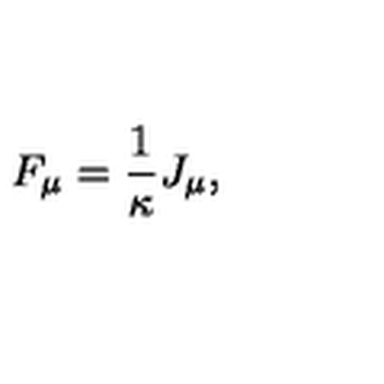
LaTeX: F _ { \mu } = { \frac { 1 } { \kappa } } J _ { \mu } ,